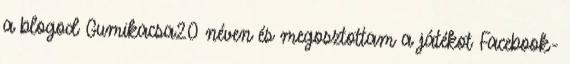
a blogod Gumikacsa20 néven és megosztottam a játékot Facebook-